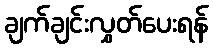
ချက်ချင်းလွှတ်ပေးရန်